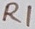
Text: R1